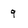
Character: 9